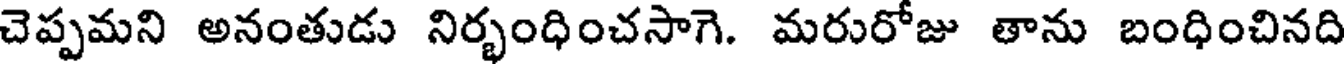
చెప్పమని అనంతుడు నిర్భంధించసాగె. మరురోజు తాను బంధించినది